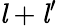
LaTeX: {\mathit{l}}+{\mathit{l}}^{\prime}